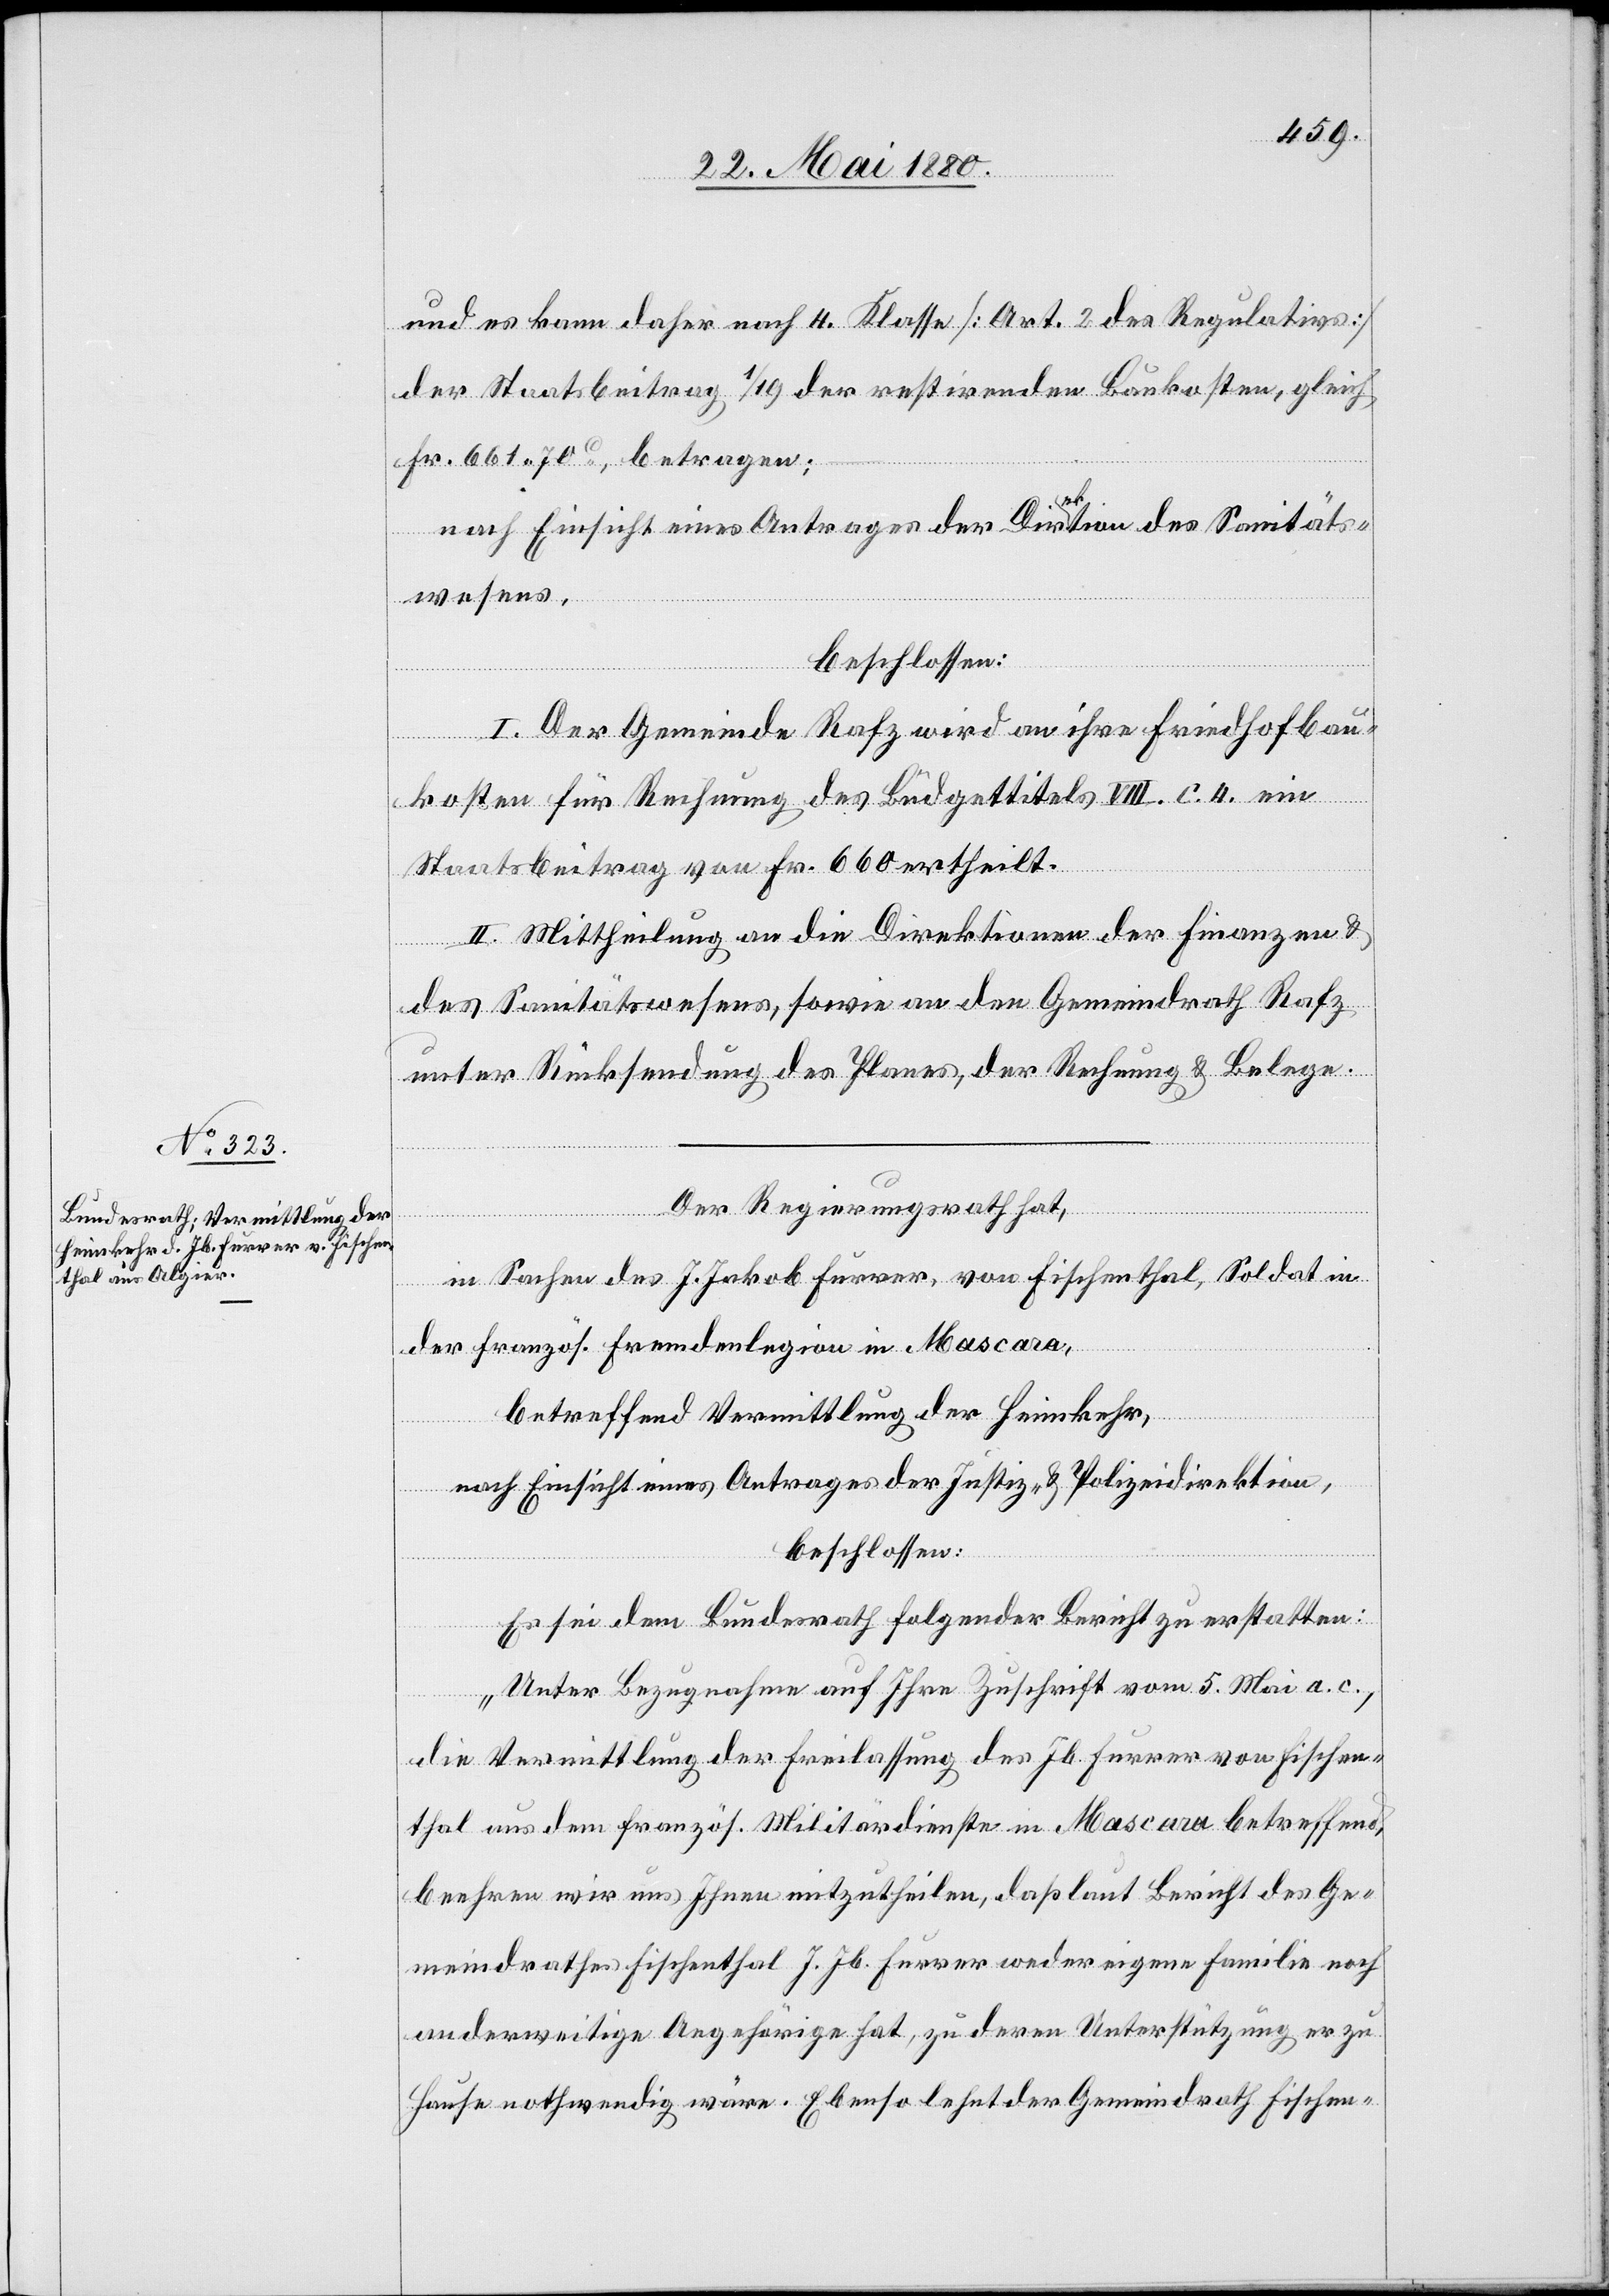
und es kann daher nach 4. Klasse [Art. 2 des Regulativs]
der Staatsbeitrag 1/19 der restirenden Baukosten, gleich
Fr. 661. 70c, betragen;
nach Einsicht eines Antrages der Direktion des Sanitäts¬
wesens,
beschlossen:
I. Der Gemeinde Rafz wird an ihre Friedhofbau¬
kosten für Rechnung des Büdgettitels VIII. c. 4. ein
Staatsbeitrag von Fr. 660 ertheilt.
II. Mittheilung an die Direktionen der Finanzen &
des Sanitätswesens, sowie an den Gemeindrath Rafz
unter Rücksendung des Planes, der Rechnung & Belege.
Der Regierungsrath hat,
in Sachen des J. Jakob Furrer, von Fischenthal, Soldat in
der französ. Fremdenlegion in Mascara,
betreffend Vermittlung der Heimkehr,
nach Einsicht eines Antrages der Justiz- & Polizeidirektion,
beschlossen:
Es sei dem Bundesrath folgender Bericht zu erstatten:
„Unter Bezugnahme auf Ihre Zuschrift vom 5. Mai a. c.,
die Vermittlung der Freilassung des Jb. Furrer von Fischen¬
thal aus dem französ. Militärdienste in Mascara betreffend,
beehren wir uns Ihnen mitzutheilen, daß laut Bericht des Ge¬
meindrathes Fischenthal J. Jb. Furrer weder eigene Familie noch
anderweitige Angehörige hat, zu deren Unterstützung er zu
Hause nothwendig wäre. Ebenso lehnt der Gemeindrath Fischen-